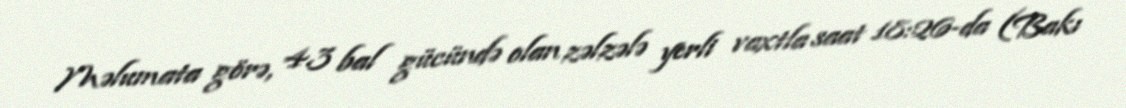
Məlumata görə, 4.3 bal gücündə olan zəlzələ yerli vaxtla saat 18:26-da (Bakı